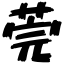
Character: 莞